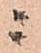
ニ